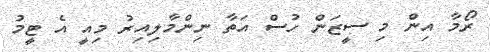
ރޯމާ އިން މި ސީޒަން ހުސް އަތާ ނިންމާލިއިރު މިއީ އެ ޓީމު